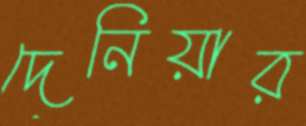
দেনিয়ার